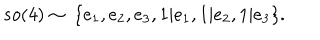
s o ( 4 ) \sim ~ \{ e _ { 1 } , e _ { 2 } , e _ { 3 } , 1 | e _ { 1 } , 1 | e _ { 2 } , 1 | e _ { 3 } \} .